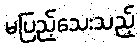
မပြည့်သေးသည့်